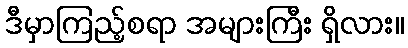
ဒီမှာကြည့်စရာ အများကြီး ရှိလား။